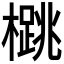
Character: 𪴁